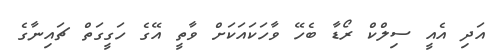
އަދި އެއީ ސިލްކް ރޯޑާ ބެހޭ ވާހަކައަކަށް ވާތީ އޭގެ ހަގީގަތް ޗައިނާގެ